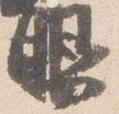
眼